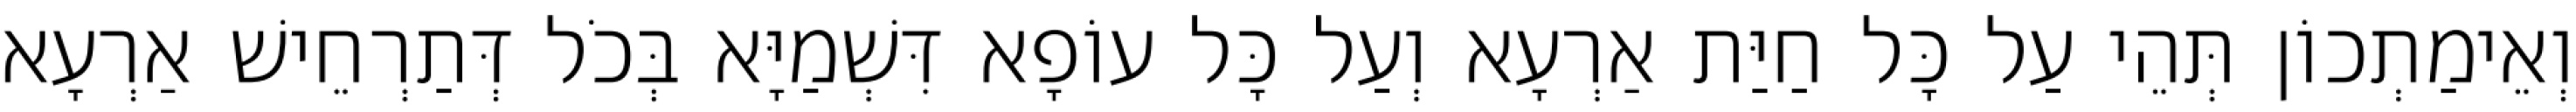
וְאֵימַתְכוֹן תְּהֵי עַל כָּל חַיַּת אַרְעָא וְעַל כָּל עוֹפָא דִּשְׁמַיָּא בְּכֹל דְּתַרְחֵישׁ אַרְעָא